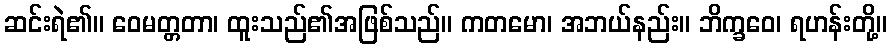
ဆင်းရဲ၏။ ဝေမတ္တတာ၊ ထူးသည်၏အဖြစ်သည်။ ကတမော၊ အဘယ်နည်း။ ဘိက္ခဝေ၊ ရဟန်းတို့။